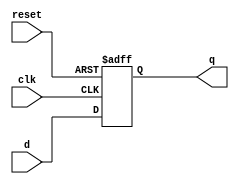
module d_flip_flop (
    input wire clk,
    input wire d,
    input wire reset,
    output reg q
);

always @(posedge clk or posedge reset) begin
    if (reset) begin
        q <= 1'b0;
    end else begin
        q <= d;
    end
end

endmodule